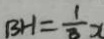
B H = \frac { 1 } { 1 3 } x